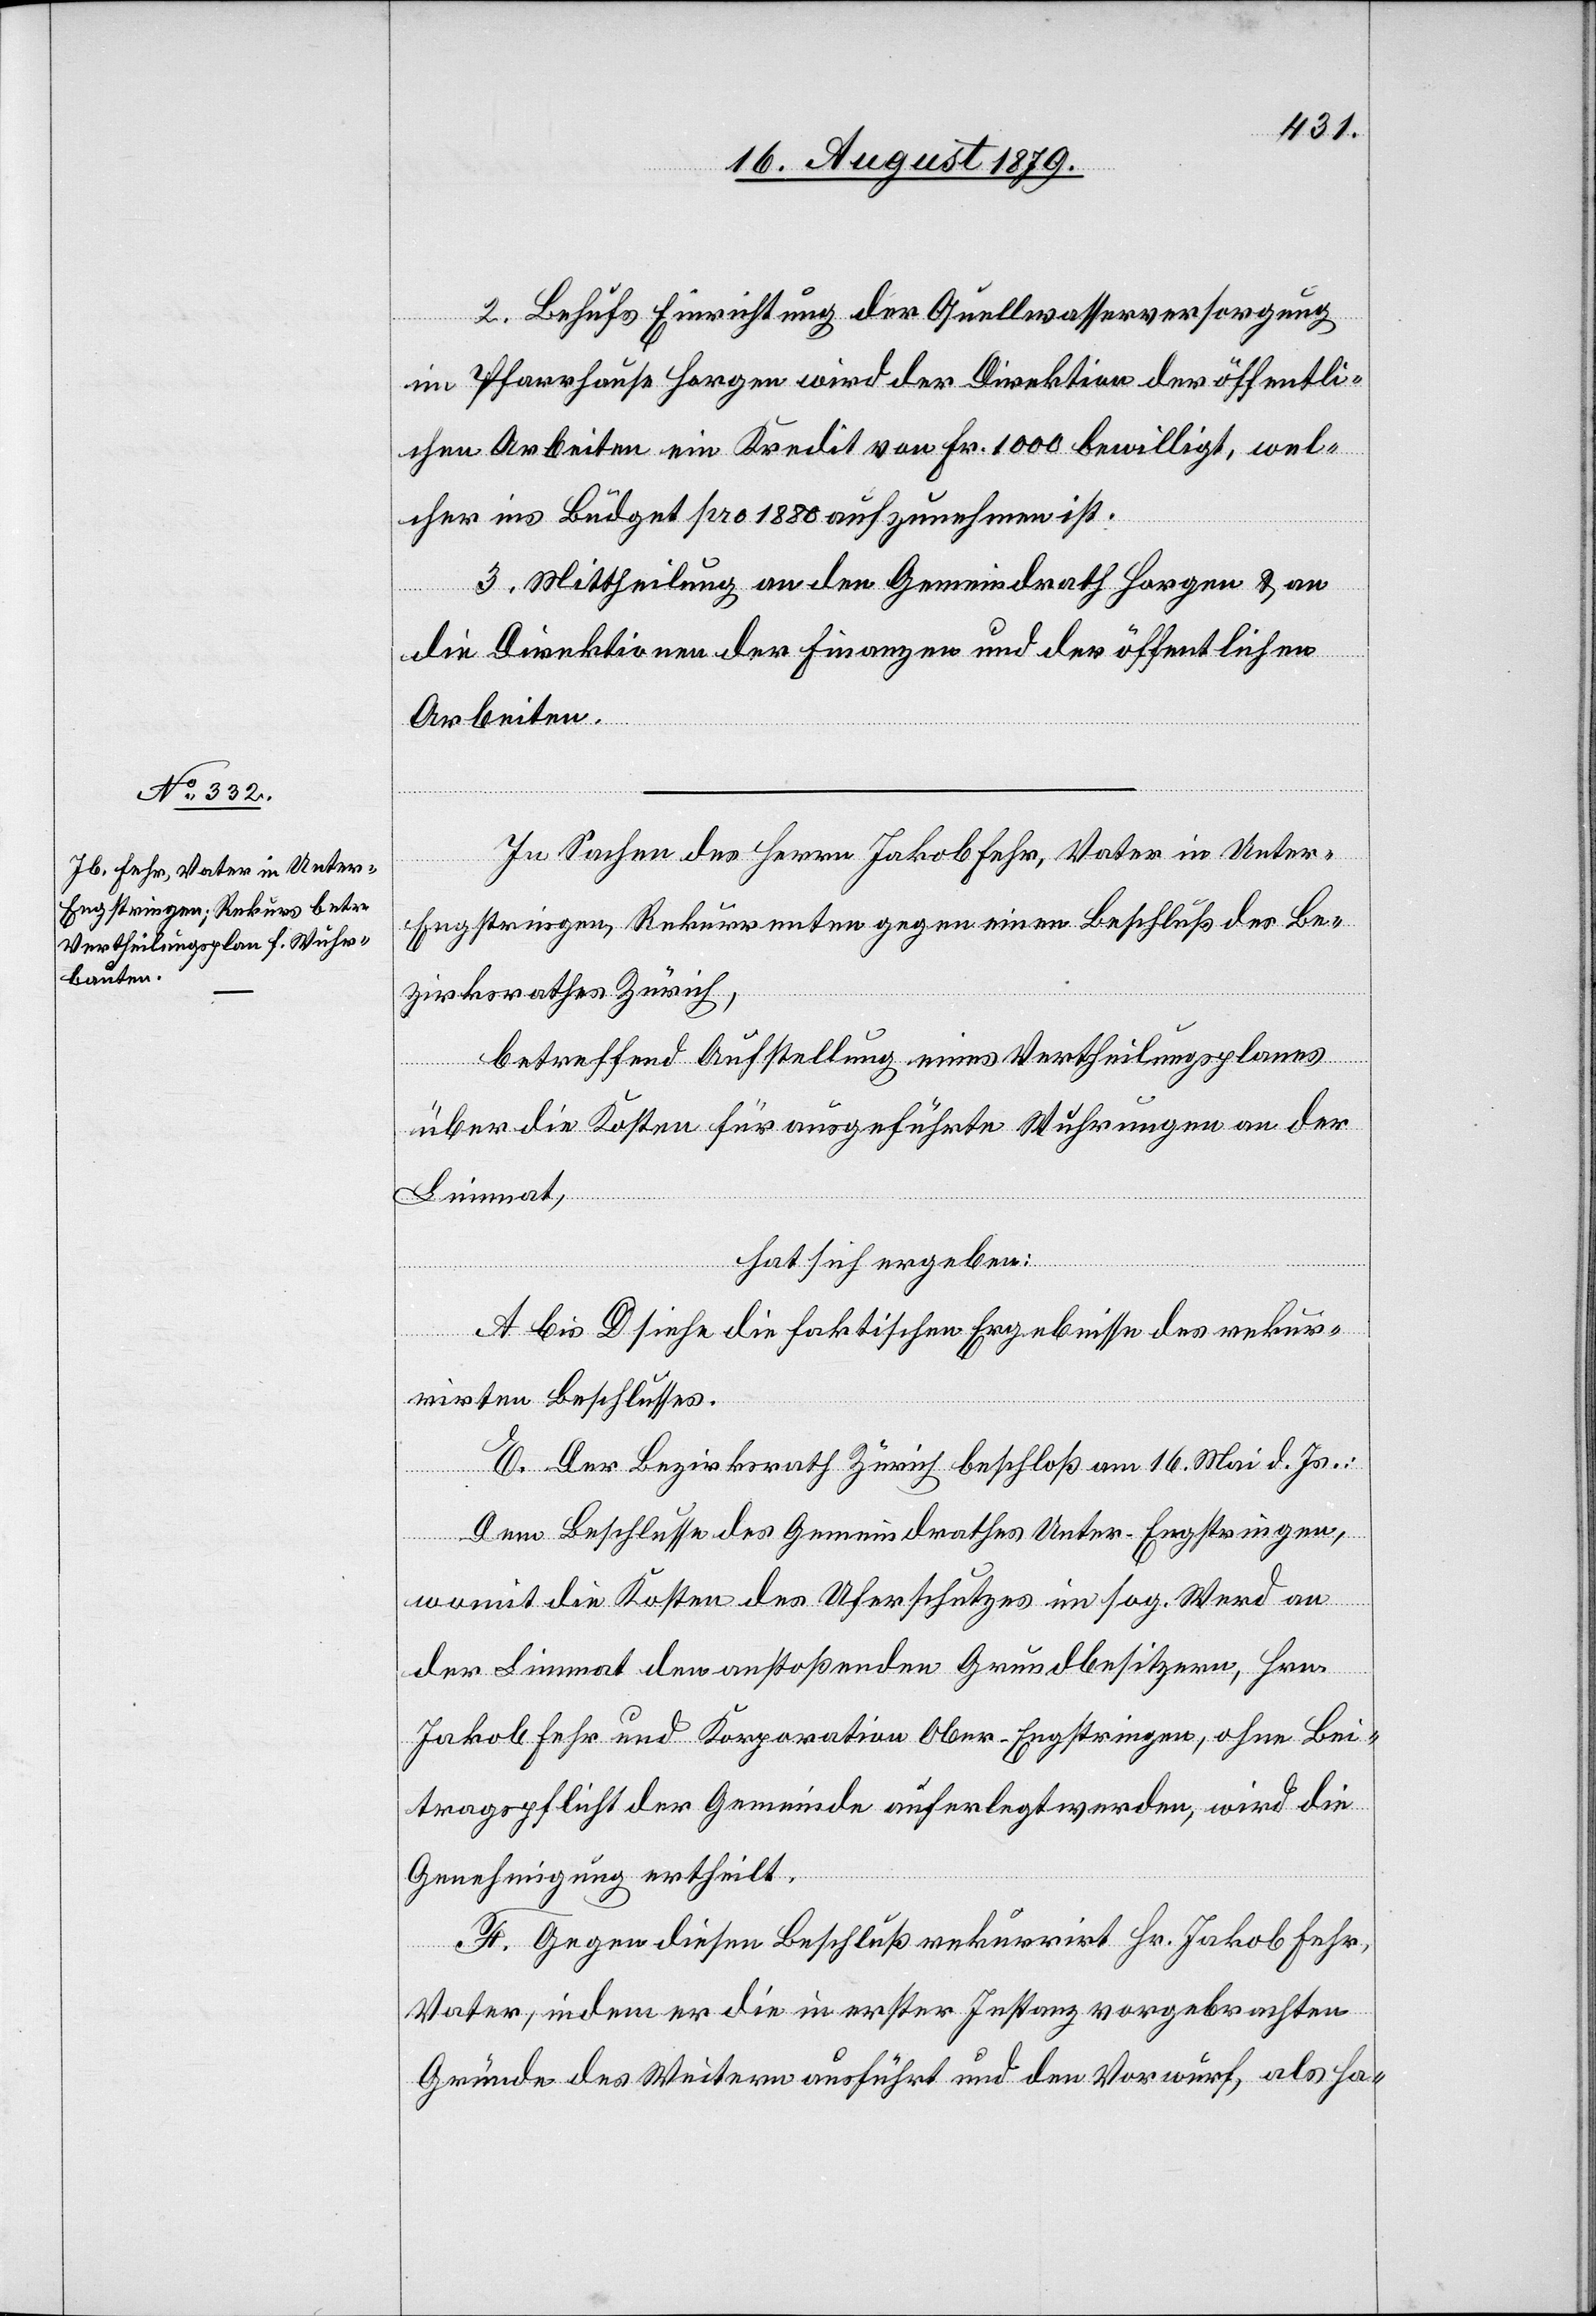
2. Behufs Einrichtung der Quellwasserversorgung
im Pfarrhause Horgen wird der Direktion der öffentli¬
chen Arbeiten ein Kredit von Fr. 1000 bewillligt, wel¬
cher ins Büdget pro 1880 aufzunehmen ist.
3. Mittheilung an den Gemeindrath Horgen & an
die Direktion der Finanzen und der öffentlichen
Arbeiten.
In Sachen des Herrn Jakob Fehr, Vater in Unter-E¬
ngstringen, Rekurrenten gegen einen Beschluß des Be¬
zirksrathes Zürich,
betreffend Aufstellung eines Vertheilungsplanes
über die Kosten für ausgeführte Wuhrungen an der
Limmat,
hat sich ergeben:
A bis D siehe die faktischen Ergebnisse des rekur¬
rirten Beschlusses.
E. Der Bezirksrath Zürich beschloß am 16. Mai d. Js.:
Dem Beschlusse des Gemeindrathes Unter-Engstringen,
womit die Kosten des Uferschutzes im sog. Werd an
der Limmat dem anstoßenden Grundbesitzern, Hrn.
Jakob Fehr und Korporation Ober-Engstringen, ohne Bei¬
tragspflicht der Gemeinde auferlegt werden, wird die
Genehmigung ertheilt.
F. Gegen diesen Beschluß rekurrirt Hr. Jakob Fehr,
Vater, indem er die in erster Instanz vorgebrachten
Gründe des Weitern ausführt und den Vorwurf, als ha-